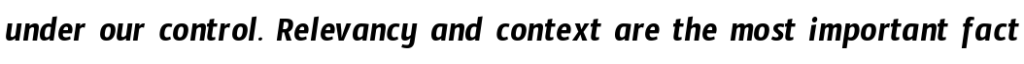
under our control. Relevancy and context are the most important fact